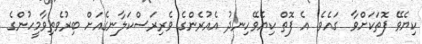
ކިޔެވޭ ފޮތަކަށްވާ  ގައެވެ. އެ ފޮތް ކިޔެވޭހިނދު އެއުރެންގެ ވެރިރަސްކަލާނގެއަށް ބިރުވެތިވާމީހުންގެ